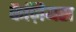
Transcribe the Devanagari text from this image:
कैज़ियस